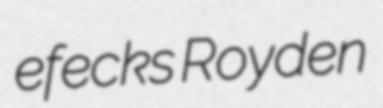
efecks Royden